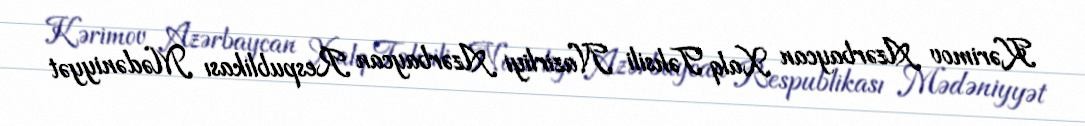
Kərimov Azərbaycan Xalq Təhsili Nazirliyi Azərbaycan Respublikası Mədəniyyət